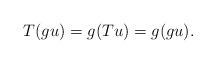
LaTeX: \begin{align*}T(gu)=g(Tu)=g(gu).\end{align*}